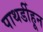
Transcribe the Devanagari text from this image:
पाथर्डीहून